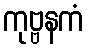
ကုဗ္ဗနကံ